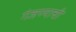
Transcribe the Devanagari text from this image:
गंजण्याची